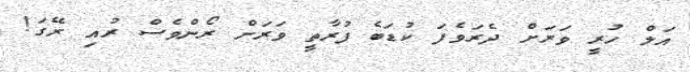
އަލް ހުރީ ވަރަށް ދެރަވެފަ ކުޑަބެ ފުރާތީ ވަރަށް ރޯންވެސް ރުއި ރޭގަ!